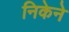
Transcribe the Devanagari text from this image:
निकेने